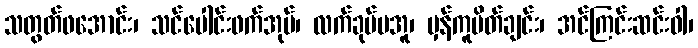
သတွတ်ဖအောင်း၊ သင်ပေါင်းဖက်အုပ်၊ လက်ခုပ်မအူ၊ မှန်ကူပိတ်ချင်း၊ အင်ကြင်းဆင်းဝါ၊